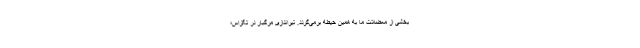
بخشی از معضلات ما به همین حیطه برمی‌گردد. تیراندازی مرگبار در تگزاس؛